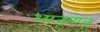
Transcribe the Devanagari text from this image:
आजूबाजू